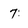
Character: 7